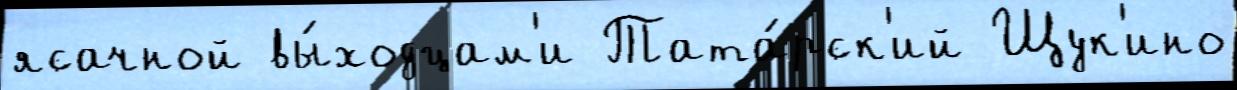
ясачной вы́ходцам'и Тата́рск'ий Щук'ино